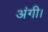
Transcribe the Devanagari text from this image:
अंगी।